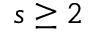
s \geq 2